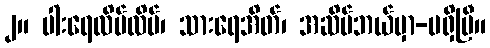
၂။ ပါးရေလိပ်လိပ်၊ သားရေအိတ်၊ အဆိပ်ဘယ်မှာ-မရှိပြီ။